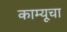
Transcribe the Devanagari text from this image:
काम्यूचा